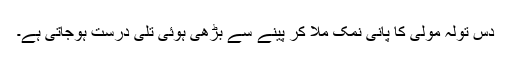
دس تولہ مولی کا پانی نمک ملا کر پینے سے بڑھی ہوئی تلی درست ہوجاتی ہے۔